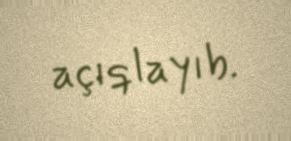
açıqlayıb.